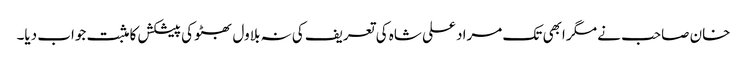
خان صاحب نے مگر ابھی تک مراد علی شاہ کی تعریف کی نہ بلاول بھٹو کی پیشکش کا مثبت جواب دیا۔